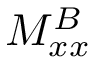
M _ { x x } ^ { B }